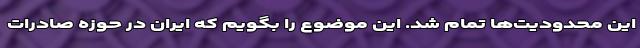
این محدودیت‌ها تمام شد. این موضوع را بگویم که ایران در حوزه صادرات